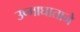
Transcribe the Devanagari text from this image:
उष्माघाताने